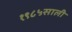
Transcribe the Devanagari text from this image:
१९८५साली